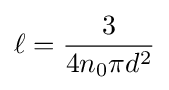
\ell ={\frac {3}{4n_{0}\pi d^{2}}}